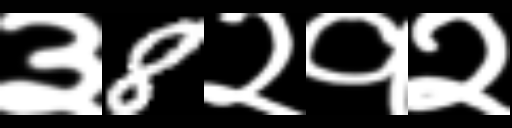
Text: ३8२१२